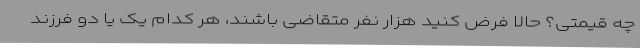
چه قیمتی؟ حالا فرض کنید هزار نفر متقاضی باشند، هر کدام یک یا دو فرزند